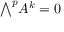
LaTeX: { \textstyle \bigwedge } ^ { p } A ^ { k } = 0